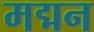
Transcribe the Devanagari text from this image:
मद्मन